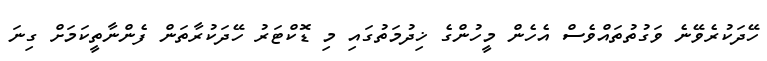
ހޭދަކުރެވޭނެ ވަގުތުތައްވެސް އެހެން މީހުންގެ ޚިދުމަތުގައި މި ޑޮކްޓަރު ހޭދަކުރާތަން ފެންނާތީކަމަށް ގިނަ